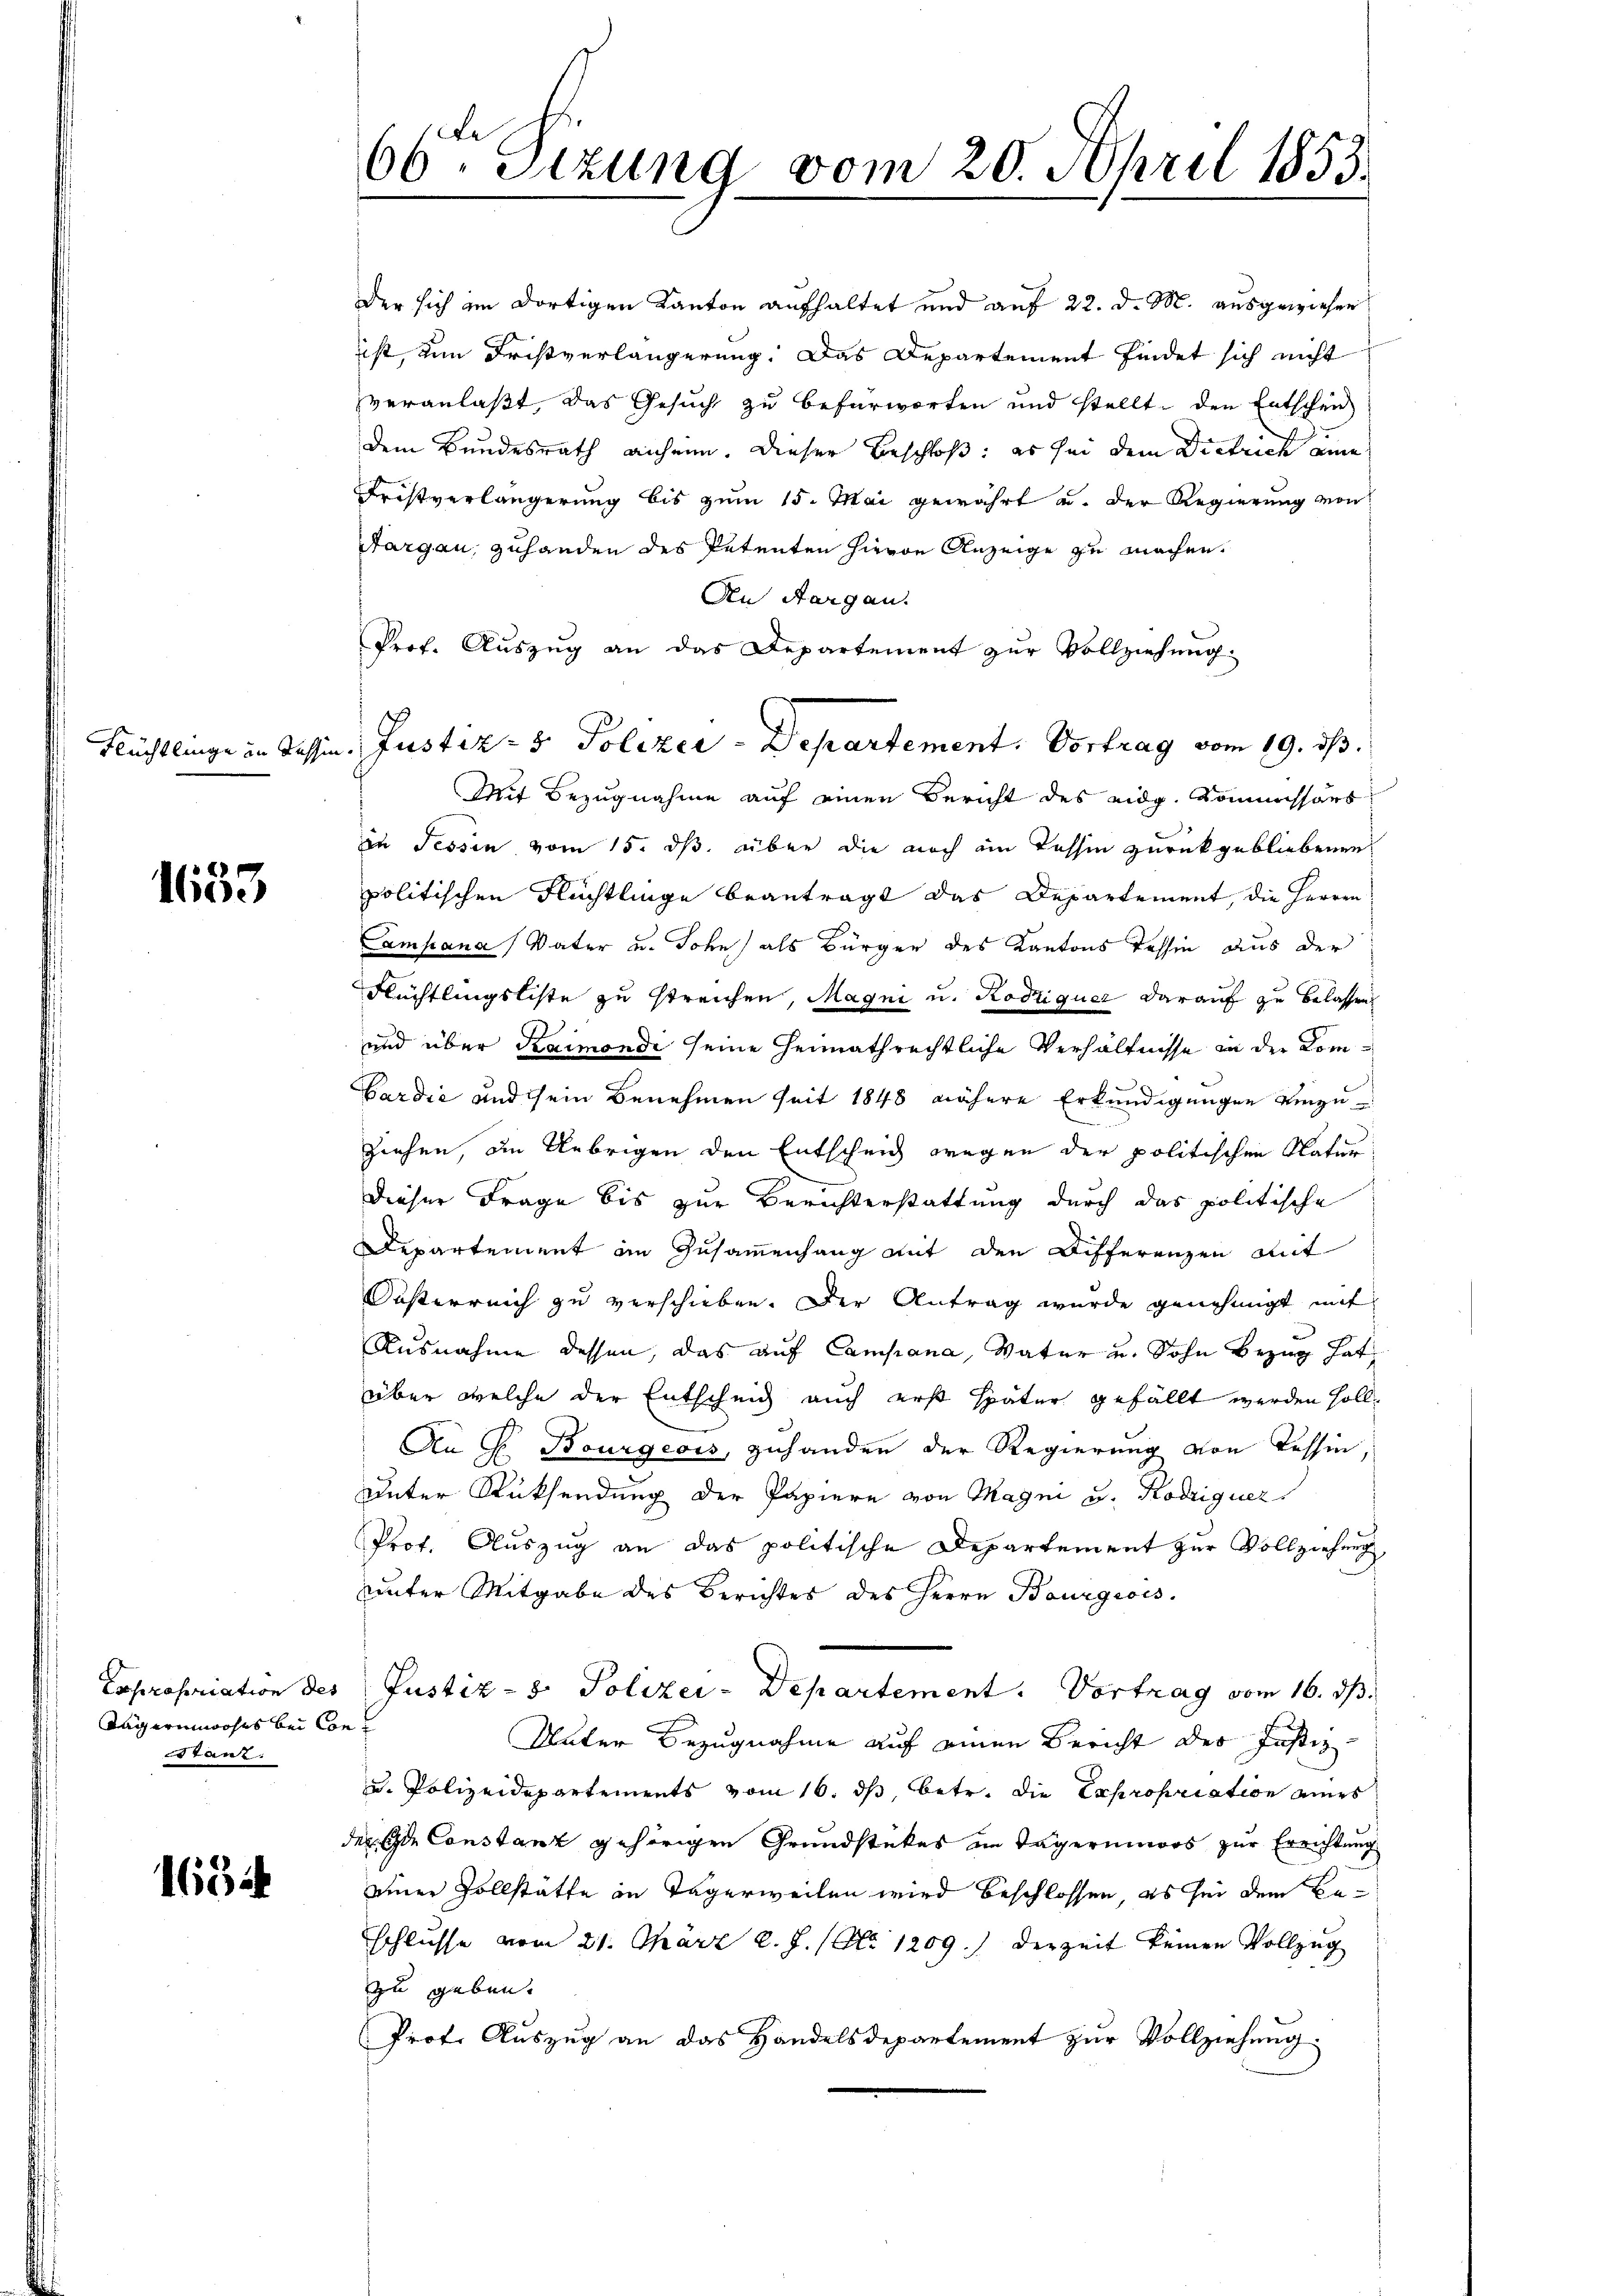
Flüchtlinge in Tessin

1653

Expropriation des
Tägerinwohns bei Contanz:

165

66ten Sizung vom 20. April 1853.

der sich im dortigen Kanton aufhaltet und auf 22. d. M. ausgewiesen
ist, um Fristverlängerung. Das Departement findet sich nicht
veranlaßt, das Gesuch zu befürworten und stellt, den Entschei
dem Bundesrath anheim. Dieser Beschloß: es sei dem Dietrich eine
Fristverlängerung bis zum 15. Mai gewährt u. der Regierung von
Aargau, zuhanden des Petenten hievon Anzeige zu machen.
An Aargau.
Prof. Auszug an das Departement zur Vollziehung:
Mit Bezugnahme auf einen Bericht des eidg. Kommissars
in Tessin vom 15. ds. über die noch ein Tessin zurückgebliebenen
politischen Flüchtlinge beantragt das Departement, die Herren
ampana, Vater u. John) als Bürger des Kantons Tessin aus der
Flüchtlingsliste zu streichen, Magni u. Rodiquer darauf zu belassen
und über Kaimondi seine Heimathrechtliche Verhältnisse in der Kom¬
Gardić und sein Benehmen seit 1848 nähere Erkundigungen einzuziehen, die Uebrigen den Entscheich wegen der politischen Natur
dieser Frage bis zur Berichterstattung durch das politische
Departement in Zusammenhang mit den Differenzen mit
Ousterreich zu verschieben. Der Antrag wurde genehmigt mit
Ausnahme dessen, das auf Campana, Vater u. Sohn Bezug hat
über welche der Entscheid auch erst später gefällt werden soll¬
An G. Bourgeois, zuhanden der Regierung von Tessin,
Unter Rücksendung der Papiere von Magni u. Rodriguer
Prot. Auszug an das politische Departement zur Vollziehung
unter Mitgabe des Berichtes des Herrn Bourgeois.
Justiz- & Polizei-Departement. Vortrag vom 16. ds.
Unter Bezugnahme auf einen Bericht der Justiz
u. Polizeidepartements vom 16. ds, betr. die Expropriation eines
der Eine Constanz gehörigen Grundstückes im Tägerinners zur Errichtung
einer Vollstatte in Tägerweilen wird beschlossen, es sei dem Be¬
Eschlusse vom 21. März l. J. (Ao. 1209.) Derzeit keinen Vollzug
zu geben.
Prof. Auszug an das Handelsdepartement zur Vollziehung.

Justiz- & Polizei-Departement. Vortrag vom 19. ds.